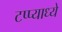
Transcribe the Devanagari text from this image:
टप्प्याध्ये